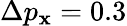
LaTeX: \Delta{p}_{\mathbf{x}}=0.3